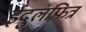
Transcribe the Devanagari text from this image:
ईदुलफित्र